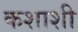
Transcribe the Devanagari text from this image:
कशाशी